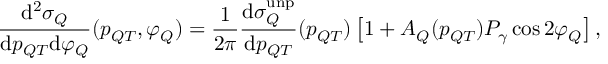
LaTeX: \frac { { \mathrm { { d } } } ^ { 2 } \sigma _ { Q } } { { { \mathrm { d } } } p _ { Q T } { \mathrm { { d } } } \varphi _ { Q } } ( p _ { Q T } , \varphi _ { Q } ) = \frac { 1 } { 2 \pi } \frac { { { \mathrm { d } } } \sigma _ { Q } ^ { \mathrm { { u n p } } } } { { { \mathrm { d } } } p _ { Q T } } ( p _ { Q T } ) \left[ 1 + A _ { Q } ( p _ { Q T } ) { \cal P } _ { \gamma } \cos 2 \varphi _ { Q } \right] ,